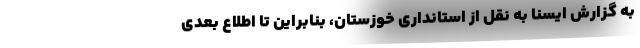
به گزارش ایسنا به نقل از استانداری خوزستان، بنابراین تا اطلاع بعدی